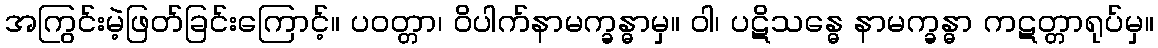
အကြွင်းမဲ့ဖြတ်ခြင်းကြောင့်။ ပဝတ္တာ၊ ဝိပါက်နာမက္ခန္ဓာမှ။ ဝါ၊ ပဋိသန္ဓေ နာမက္ခန္ဓာ ကဋတ္တာရုပ်မှ။